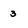
Character: 3